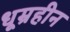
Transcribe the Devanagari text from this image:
धूम्रहीन